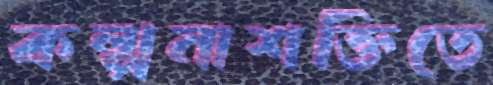
কল্পনাশক্তিতে